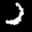
Label: 2